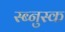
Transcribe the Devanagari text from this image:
स्ब्नुस्क